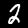
Digit: 2